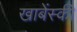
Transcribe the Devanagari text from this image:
खाबेंस्की